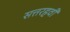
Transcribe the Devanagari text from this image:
सत्तरहवीं